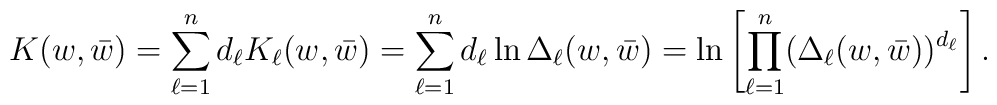
K(w,\bar w) = \sum_{\ell=1}^{n} d_\ell K_\ell(w,\bar w) = \sum_{\ell=1}^{n} d_\ell \ln \Delta_\ell(w,\bar w)  = \ln \left[\prod_{\ell=1}^{n} (\Delta_\ell(w,\bar w))^{d_\ell}\right] .